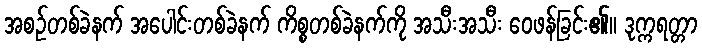
အစဉ်တစ်ခဲနက် အပေါင်းတစ်ခဲနက် ကိစ္စတစ်ခဲနက်ကို အသီးအသီး ဝေဖန်ခြင်း၏။ ဒုက္ကရတ္တာ